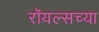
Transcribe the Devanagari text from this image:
रॉयल्सच्या